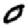
Digit: 0